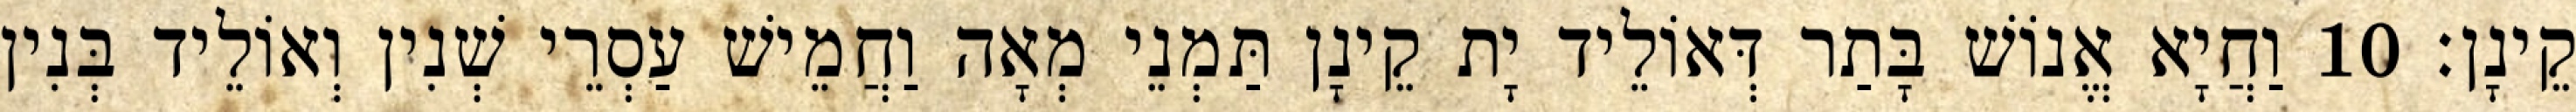
קֵינָן׃ 10 וַחֲיָא אֱנוֹשׁ בָּתַר דְּאוֹלֵיד יָת קֵינָן תַּמְנֵי מְאָה וַחֲמֵישׁ עַסְרֵי שְׁנִין וְאוֹלֵיד בְּנִין